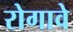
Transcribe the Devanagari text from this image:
रोगावे